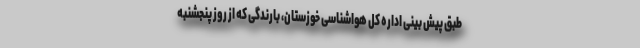
طبق پیش بینی اداره کل هواشناسی خوزستان، بارندگی که از روز پنجشنبه